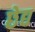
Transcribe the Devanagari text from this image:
छेद्य